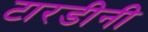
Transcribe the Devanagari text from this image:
टारडीनी